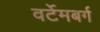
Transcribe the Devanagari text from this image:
वर्टेमबर्ग